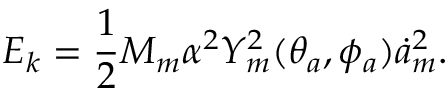
E _ { k } = \frac 1 2 M _ { m } \alpha ^ { 2 } Y _ { m } ^ { 2 } ( \theta _ { a } , \phi _ { a } ) \dot { a } _ { m } ^ { 2 } .